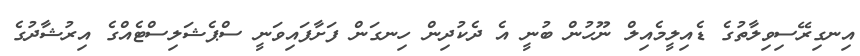
އިނގިރޭސިވިލާތުގެ ޑެއިލީމެއިލް ނޫހުން ބުނީ އެ ދެކުދިން ހިނގަން ފަށާފައިވަނީ ސްޕެޝަލިސްޓެއްގެ އިރުޝާދުގެ